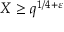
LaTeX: X \geq q ^ { 1 / 4 + \varepsilon }